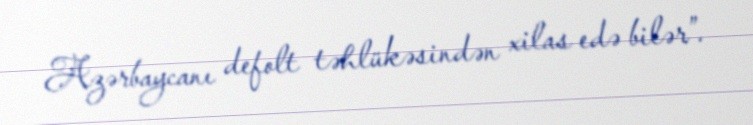
Azərbaycanı defolt təhlükəsindən xilas edə bilər”.